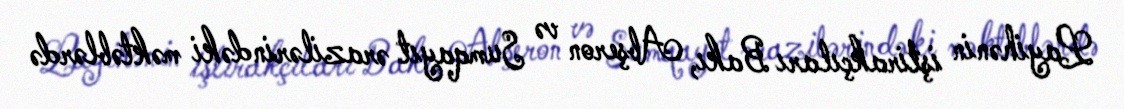
Layihənin iştirakçıları Bakı, Abşeron və Sumqayıt ərazilərindəki məktəblərdə